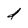
Character: d